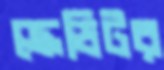
ক্রেডিটর